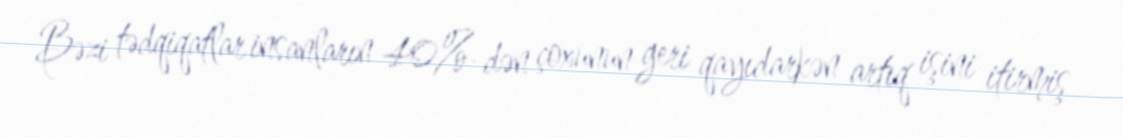
Bəzi tədqiqatlar insanların 40%-dən çoxunun geri qayıdarkən artıq işini itirmiş